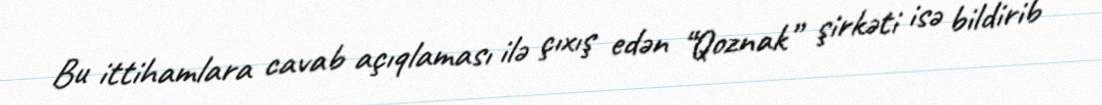
Bu ittihamlara cavab açıqlaması ilə çıxış edən “Qoznak” şirkəti isə bildirib